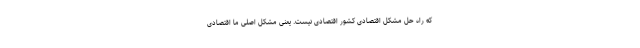
که راه حل مشکل اقتصادی کشور اقتصادی نیست. یعنی مشکل اصلی ما اقتصادی